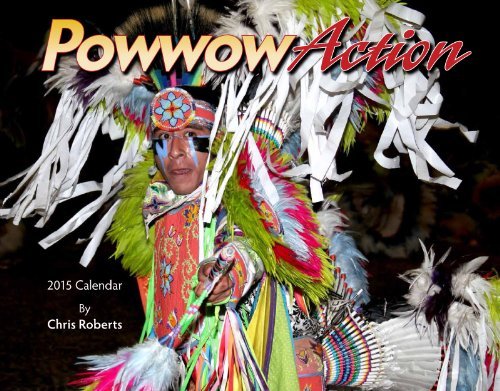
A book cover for By Chris Roberts Powwow Action 2015 Calendar (Native American) (Wall Calendar) [Calendar]; Calendars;